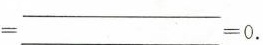
= —— = 0$$